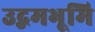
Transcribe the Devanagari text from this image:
उद्गमभूमि